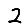
Digit: 2